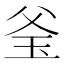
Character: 𤤎